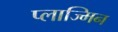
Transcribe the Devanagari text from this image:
प्लाज्मिन